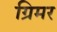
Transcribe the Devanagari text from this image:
ग्रिमर